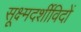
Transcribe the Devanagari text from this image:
सूक्ष्मदर्शीविदों